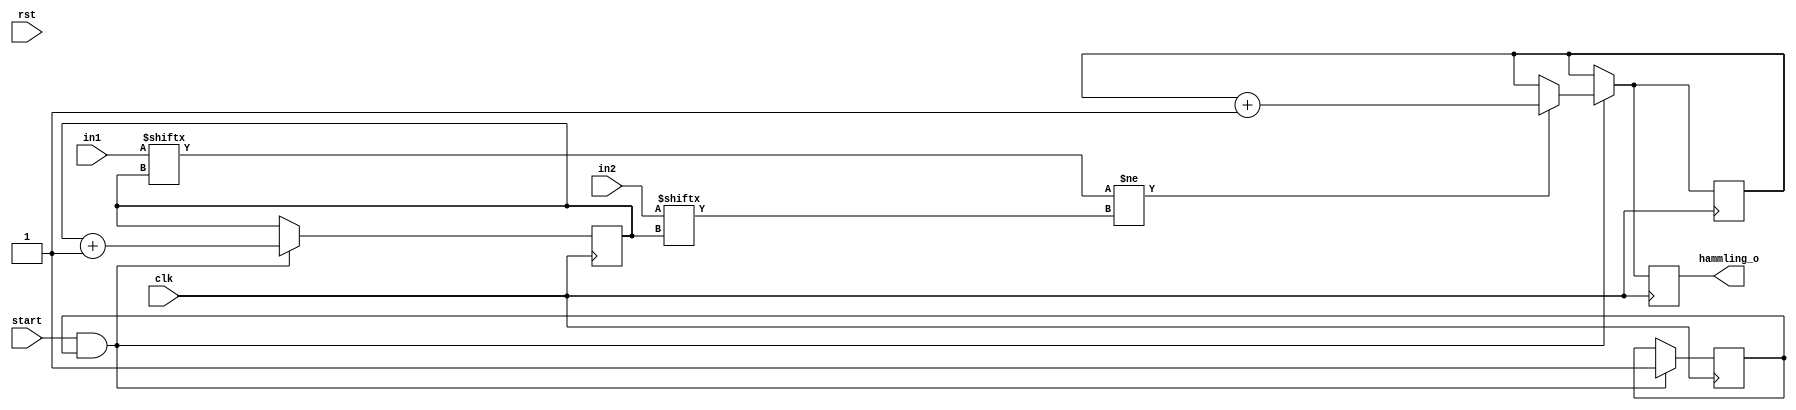
 module hamming(

    input clk,rst,start,
    input [31:0] in1,in2,
    output reg [6:0] hammling_o

 );
 
 reg [6:0] deger=0;
 reg [4:0] counter=0;
 reg       bitti=1;
 always @(posedge clk) begin
    if(start && bitti)begin
        if (in1[counter] != in2[counter]) begin
            deger = deger + 1;
        end
    counter=counter+1;
    if(counter==32 && start==1)begin
        bitti=0;
        counter<=0;
    end else begin
        bitti=1;
    end
    end               
        hammling_o<=deger;
                   
 end

endmodule